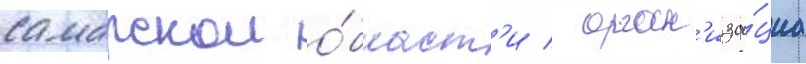
самарскои о́бласт'и / орган'иза́циа